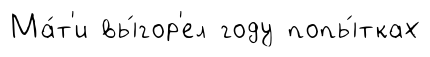
Ма́т'и вы́гор'ел году попы́тках